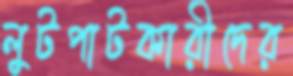
লুটপাটকারীদের